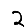
Digit: 2